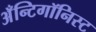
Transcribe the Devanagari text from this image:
अँन्टिगॉनिस्ट